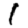
Digit: 1